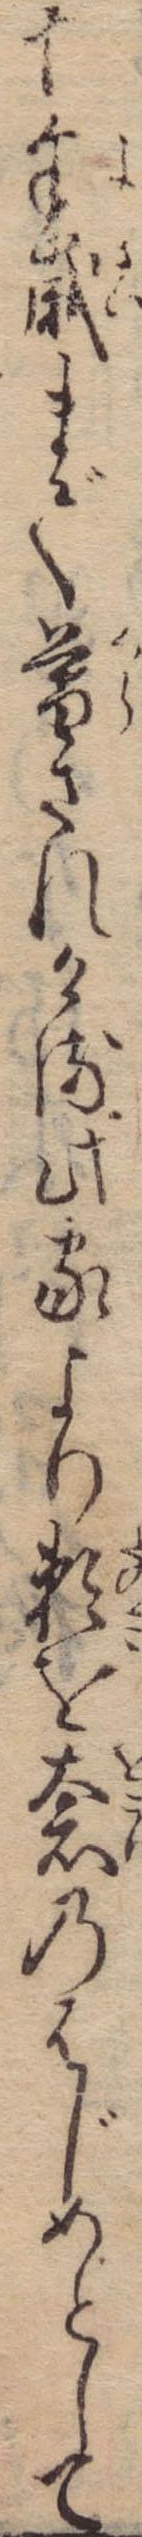
十余歳まで暮されける此家より頼を奢のはじめとして